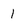
Character: 1